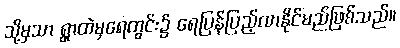
သို့မှသာ ရွာထဲမှရေတွင်း၌ ရေပြန်ပြည့်လာနိုင်မည်ဖြစ်သည်။